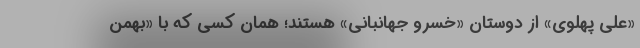
«علی پهلوی» از دوستان «خسرو جهانبانی» هستند؛ همان کسی که با «بهمن